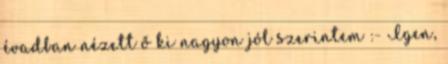
évadban nézett ő ki nagyon jól szerintem :- Igen,